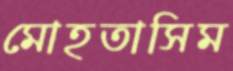
মোহতাসিম